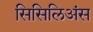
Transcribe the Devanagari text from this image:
सिसिलिअंस